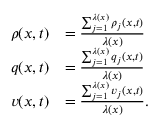
\begin{array} { r l } { \rho ( x , t ) } & { = \frac { \sum _ { j = 1 } ^ { \lambda ( x ) } \rho _ { j } ( x , t ) } { \lambda ( x ) } } \\ { q ( x , t ) } & { = \frac { \sum _ { j = 1 } ^ { \lambda ( x ) } q _ { j } ( x , t ) } { \lambda ( x ) } } \\ { v ( x , t ) } & { = \frac { \sum _ { j = 1 } ^ { \lambda ( x ) } v _ { j } ( x , t ) } { \lambda ( x ) } . } \end{array}